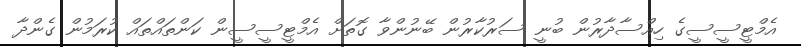
އެމްޓީސީސީގެ ހިއްސާދާރުން ބުނީ ސަރުކާރުން ބޭނުންވާ ގޮތަށް އެމްޓީސީސީން ކަންތައްތައް ކުރަމުން ގެންދާ